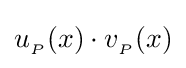
u_{_{P}}(x)\cdot v_{_{P}}(x)